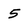
Character: 5